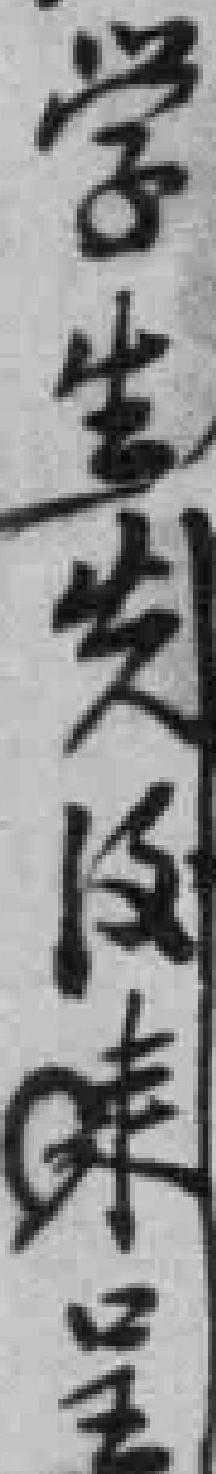
学生先後耒呈